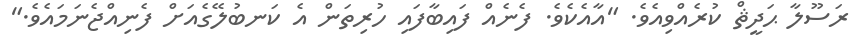
ރަސޫލާ ޙަދީޘް ކުރެއްވިއެވެ. "އާއެކެވެ. ފެނެއް ފައިބާފައި ހުރިތަން އެ ކަނބުލޭގެއަށް ފެނިއްޖެނަމައެވެ."